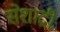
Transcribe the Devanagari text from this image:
सेशाद्री